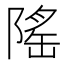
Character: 𬯒